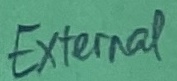
Text: External